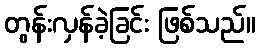
တွန်းလှန်ခဲ့ခြင်း ဖြစ်သည်။